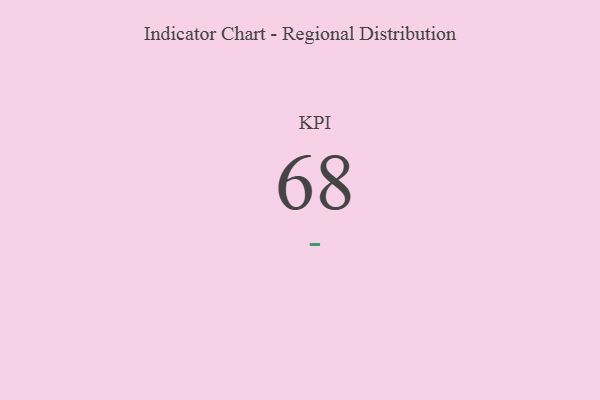
{"axis": {"x": "KPI", "y": "Value"}, "legend": [""], "data": [{"x": "KPI", "y": 68, "type": ""}]}